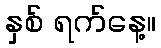
နှစ် ရက်နေ့။